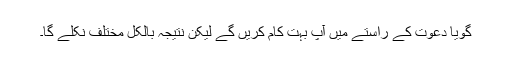
گویا دعوت کے راستے میں آپ بہت کام کریں گے لیکن نتیجہ بالکل مختلف نکلے گا۔